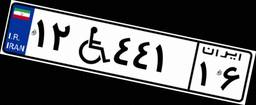
۱۲W۴۴۱۱۶